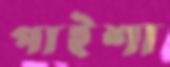
পাইশা